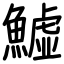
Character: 鱋